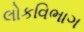
લોકવિભાગ